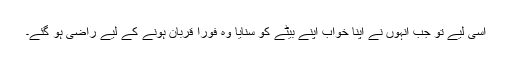
اسی لیے تو جب انہوں نے اپنا خواب اپنے بیٹے کو سنایا وہ فوراً قربان ہونے کے لیے راضی ہو گئے۔